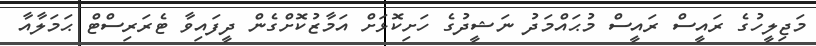
މަޖިލީހުގެ ރައީސް ރައީސް މުޙައްމަދު ނަޝީދުގެ ހަށިކޮޅަށް އަމާޒުކޮށްގެން ދީފައިވާ ޓެރަރިސްޓް ޙަމަލާއާ